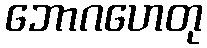
ဘောဂဟေတု